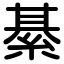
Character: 綦